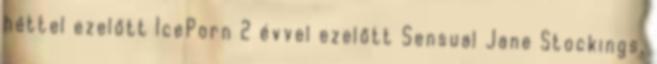
héttel ezelőtt IcePorn 2 évvel ezelőtt Sensual Jane Stockings,